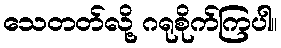
သေတတ်လို့ ဂရုစိုက်ကြပါ။